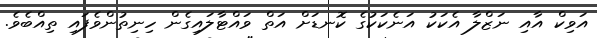
އަވިކް އާއި ނަޒްލާ އެކަކު އަނެކަކުގެ ކޮނޑަށް އަތް ވައްޓާލައިގެން ހިނިތުންވެފައި ތިއްބެވެ.